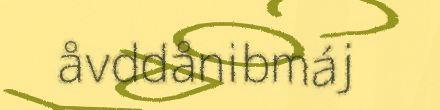
åvddånibmáj